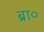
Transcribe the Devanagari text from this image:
ब्रा०